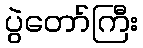
ပွဲတော်ကြီး